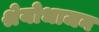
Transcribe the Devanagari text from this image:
श्रेयोभाजन